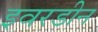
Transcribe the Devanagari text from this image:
इवरडीन